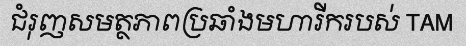
ជំរុញសមត្ថភាពប្រឆាំងមហារីករបស់ TAM